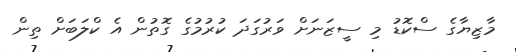
މާޒިޔާގެ ސްކޮޑު މި ސީޒަނަށް ވަރުގަދަ ކުރުމުގެ ގޮތުން އެ ކްލަބަށް ތިން